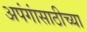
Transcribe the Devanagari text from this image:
अपंगांसाठीच्या